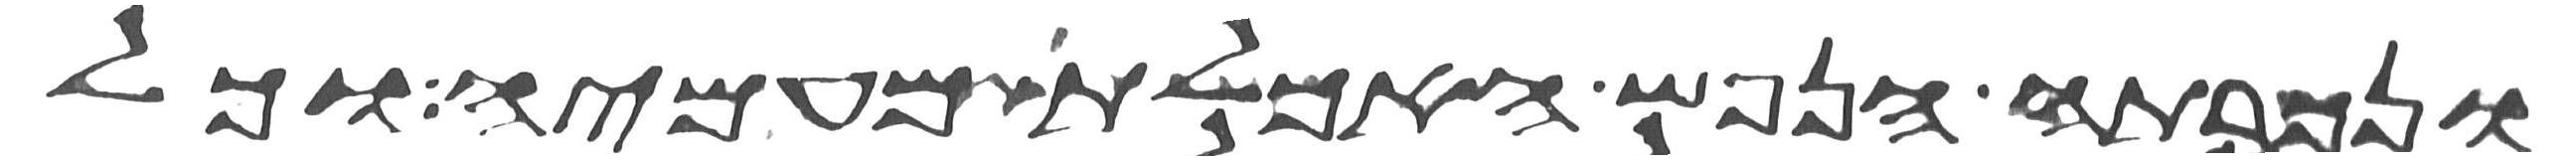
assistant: ונכרתה הנפש האכלת מעמיה וכל